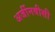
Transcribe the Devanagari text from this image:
अर्जीनवीसी